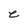
Character: e